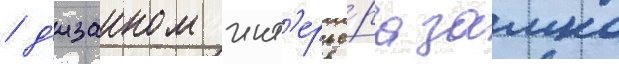
/ д'изаином инт'ерье́ра замка